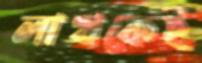
লাখকেই